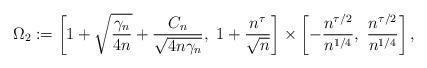
LaTeX: \begin{align*}\Omega_2:=\left[1+\sqrt{\frac{\gamma_n}{4n}}+\frac{C_n}{\sqrt{4 n \gamma_n}},~1+\frac{n^{\tau}}{\sqrt{n}}\right]\times \left[-\frac{n^{\tau/2}}{n^{1/4}},~\frac{n^{\tau/2}}{n^{1/4}}\right],\end{align*}